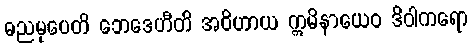
ဓညမုပေတိ ဘေဒေဟီတိ အဝိဟာယ ဣမိနာယေဝ ဒိဝါကရော